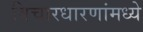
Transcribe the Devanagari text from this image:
विचारधारणांमध्ये